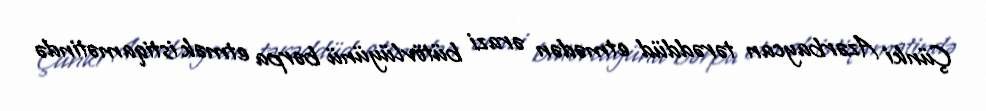
Çünki Azərbaycan tərəddüd etmədən ərazi bütövlüyünü bərpa etmək istiqamətində